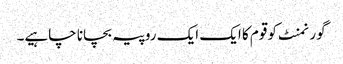
گورنمنٹ کو قوم کا ایک ایک روپیہ بچانا چاہیے۔